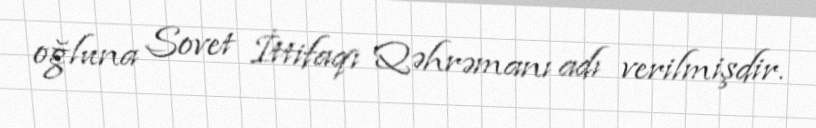
oğluna Sovet İttifaqı Qəhrəmanı adı verilmişdir.